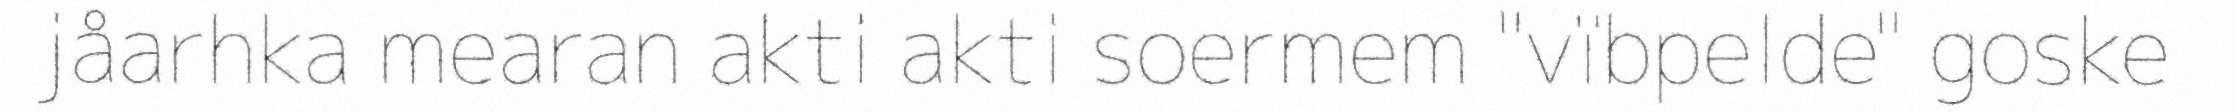
jåarhka mearan akti akti soermem "vïbpelde" goske